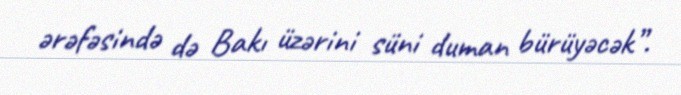
ərəfəsində də Bakı üzərini süni duman bürüyəcək”.